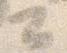
公